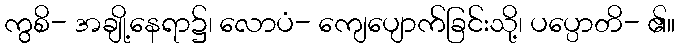
ကွစိ- အချို့နေရာ၌၊ လောပံ- ကျေပျောက်ခြင်းသို့၊ ပပ္ပောတိ- ၏။